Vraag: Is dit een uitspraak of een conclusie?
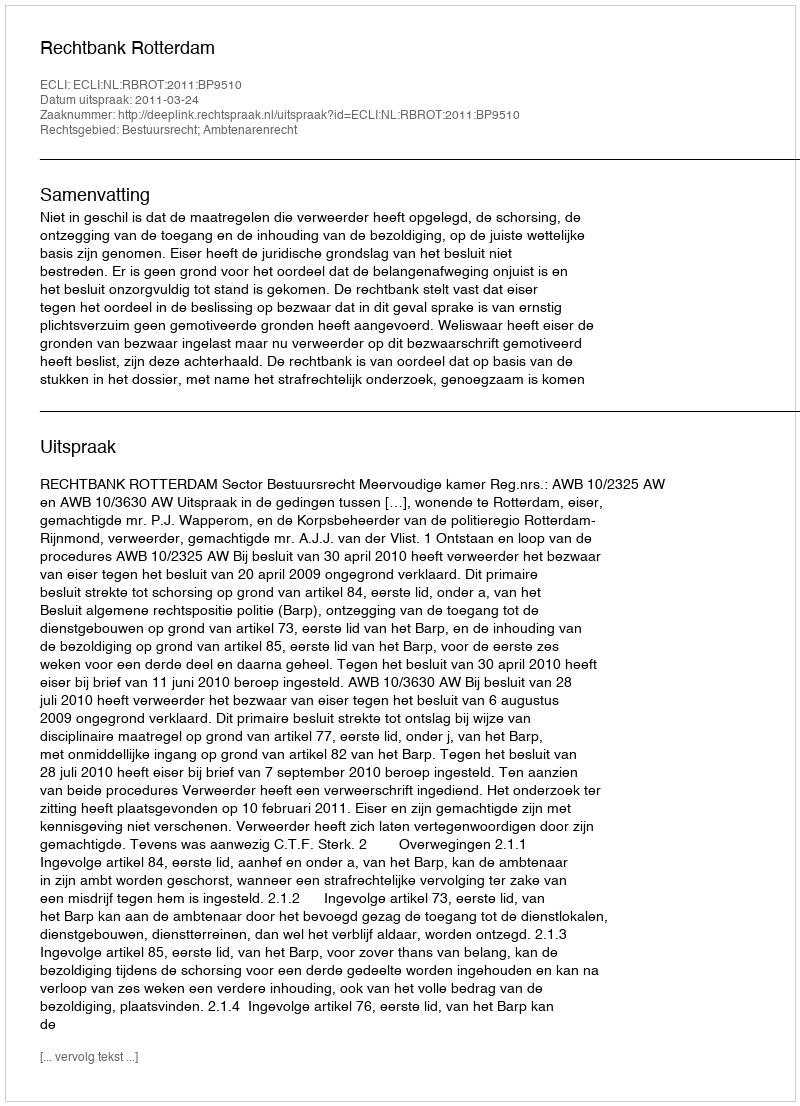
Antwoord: Uitspraak